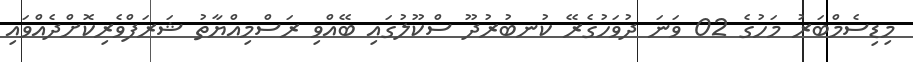
މިޑިސެމްބަރު މަހުގެ 02 ވަނަ ދުވަހުގެރޭ ކުނބުރުދޫ ސްކޫލުގައި ބޭއްވި ރަސްމިއްޔާތު ޝަރަފްވެރިކޮށްދެއްވައި